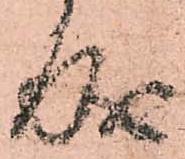
成